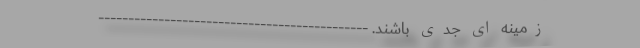
زمینه ای جدی باشند. ---------------------------------------------